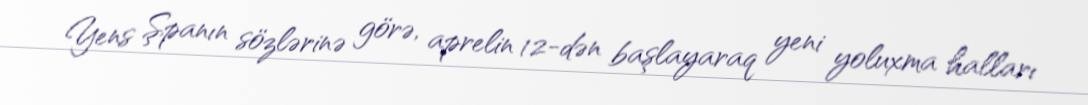
Yens Şpanın sözlərinə görə, aprelin 12-dən başlayaraq yeni yoluxma halları